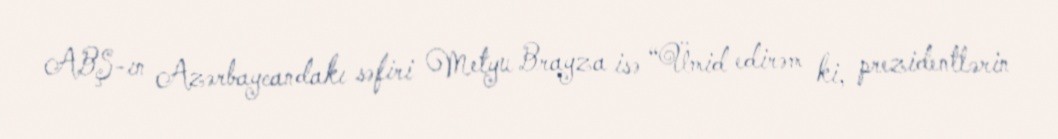
ABŞ-ın Azərbaycandakı səfiri Metyu Brayza isə “Ümid edirəm ki, prezidentlərin